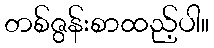
တစ်ဇွန်းစာထည့်ပါ။